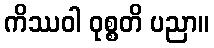
ကိဿဝါ ဝုစ္စတိ ပညာ။